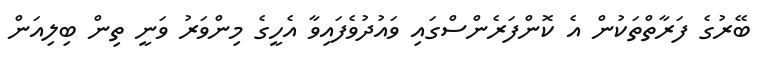
ބޭރުގެ ފަރާތްތަކުން އެ ކޮންފަރެންސްގައި ވައުދުވެފައިވާ އެހީގެ މިންވަރު ވަނީ ތިން ބިލިއަން